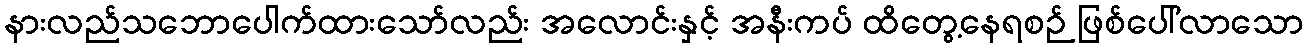
နားလည်သဘောပေါက်ထားသော်လည်း အလောင်းနှင့် အနီးကပ် ထိတွေ့နေရစဉ် ဖြစ်ပေါ်လာသော